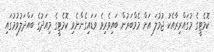
ކޮމެޓީގެ މުގައްރިރާއެކު ޖުމުލަ އަށް މެމްބަރުން ބައިވެރިވެ ވަޑައިގެންނެވި ކޮމެޓީގެ މިއަދުގެ ބައްދަލުވުމުގައި